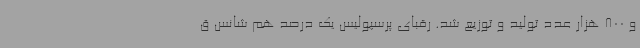
و 800 هزار عدد تولید و توزیع شد. رقبای پرسپولیس یک درصد هم شانس ق